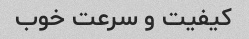
کیفیت و سرعت خوب